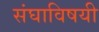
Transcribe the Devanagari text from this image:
संघाविषयी